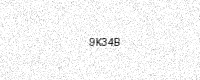
Text: 9K34B